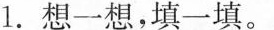
1.想一想，填一填。